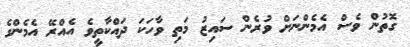
ގޮތުން ވެސް އެމެންނަށް ވުރެން ސައިޒު މަތި ވާހަކަ ދައްކާތީވެ އެއްރޭ އެމެންގެ